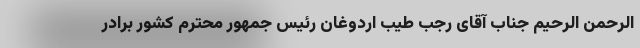
الرحمن الرحیم جناب آقای رجب طیب اردوغان رئیس جمهور محترم کشور برادر